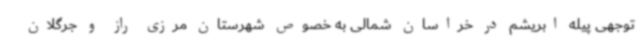
توجهی پیله ابریشم در خراسان شمالی به خصوص شهرستان مرزی راز و جرگلان